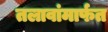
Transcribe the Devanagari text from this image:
तलावांमार्फत